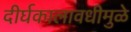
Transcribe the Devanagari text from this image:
दीर्घकालावधीमुळे